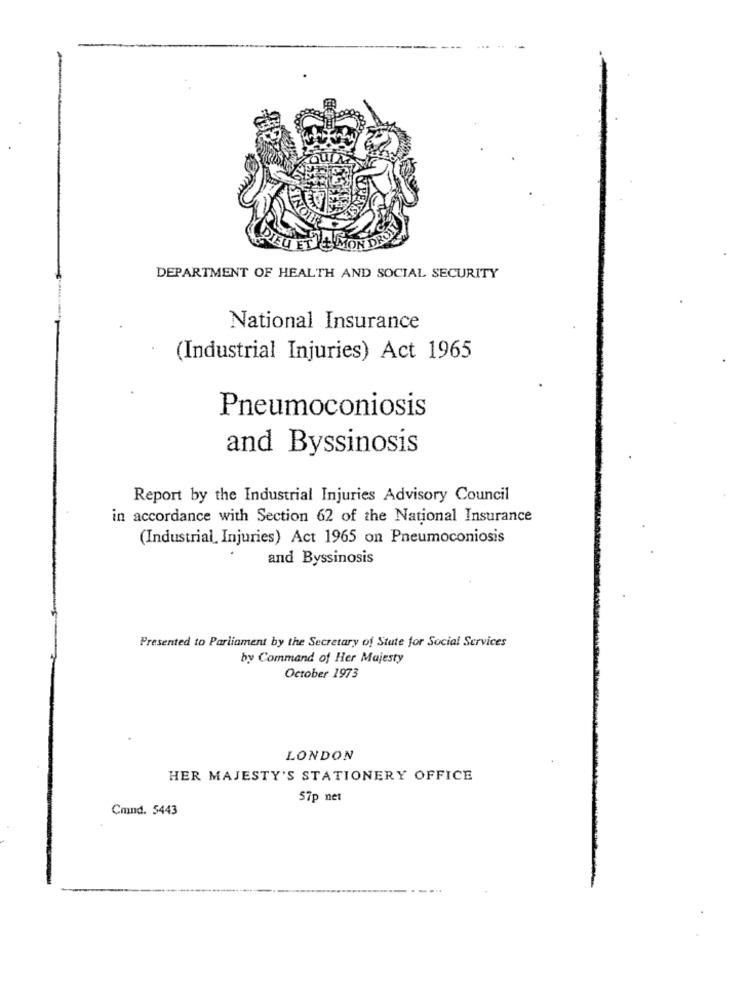
DEPARTMENT OF HEALTH AND SOCIAL SECURITY
National Insurance
(Industrial Injuries) Act 1965
Pneumoconiosis
and Byssinosis
Report by the Industrial Injuries Advisory Council
in accordance with Section 62 of the National Insurance
(Industrial Injuries) Act 1965 on Pneumoconiosis
and Byssinosis
Presented to Parliament by the Secretary of State for Social Services
by Command of Her Majesty
October 1973
LONDON
HER MAJESTY'S STATIONERY OFFICE
57p net
Cmnd. 5443